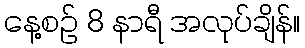
နေ့စဉ် 8 နာရီ အလုပ်ချိန်။